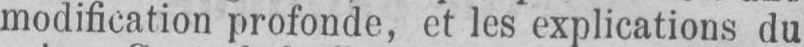
modification profonde, et les explications du